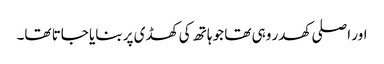
اور اصلی کھدر وہی تھا جو ہاتھ کی کھڈی پر بنایا جاتا تھا۔